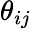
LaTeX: \theta_{ij}